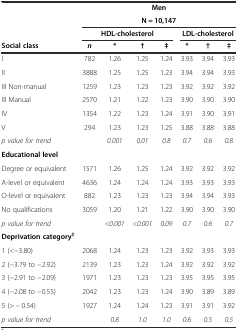
<table><thead><tr><td></td><td colspan="7"><b>Men</b></td></tr><tr><td></td><td colspan="7"><b>N = 10,147</b></td></tr><tr><td></td><td colspan="4"><b>HDL-cholesterol</b></td><td colspan="3"><b>LDL-cholesterol</b></td></tr><tr><td><b>Social class</b></td><td><b><i>n</i></b></td><td><b>*</b></td><td><b>†</b></td><td><b>‡</b></td><td><b>*</b></td><td><b>†</b></td><td><b>‡</b></td></tr></thead><tbody><tr><td>I</td><td>782</td><td>1.26</td><td>1.25</td><td>1.24</td><td>3.93</td><td>3.94</td><td>3.93</td></tr><tr><td>II</td><td>3888</td><td>1.25</td><td>1.25</td><td>1.23</td><td>3.94</td><td>3.94</td><td>3.93</td></tr><tr><td>III Non-manual</td><td>1259</td><td>1.23</td><td>1.23</td><td>1.23</td><td>3.92</td><td>3.92</td><td>3.92</td></tr><tr><td>III Manual</td><td>2570</td><td>1.21</td><td>1.22</td><td>1.23</td><td>3.90</td><td>3.90</td><td>3.90</td></tr><tr><td>IV</td><td>1354</td><td>1.22</td><td>1.23</td><td>1.24</td><td>3.91</td><td>3.90</td><td>3.91</td></tr><tr><td>V</td><td>294</td><td>1.23</td><td>1.23</td><td>1.25</td><td>3.88</td><td>3.88</td><td>3.88</td></tr><tr><td><i>p value for trend</i></td><td></td><td><i>0.001</i></td><td><i>0.01</i></td><td><i>0.8</i></td><td><i>0.7</i></td><td><i>0.6</i></td><td><i>0.8</i></td></tr><tr><td><b>Educational level</b></td><td></td><td></td><td></td><td></td><td></td><td></td><td></td></tr><tr><td>Degree or equivalent</td><td>1571</td><td>1.26</td><td>1.25</td><td>1.24</td><td>3.92</td><td>3.92</td><td>3.92</td></tr><tr><td>A-level or equivalent</td><td>4636</td><td>1.24</td><td>1.24</td><td>1.24</td><td>3.93</td><td>3.93</td><td>3.93</td></tr><tr><td>O-level or equivalent</td><td>882</td><td>1.23</td><td>1.23</td><td>1.23</td><td>3.94</td><td>3.94</td><td>3.93</td></tr><tr><td>No qualifications</td><td>3059</td><td>1.20</td><td>1.21</td><td>1.22</td><td>3.90</td><td>3.90</td><td>3.90</td></tr><tr><td><i>p value for trend</i></td><td></td><td><i>&lt;0.001</i></td><td><i>&lt;0.001</i></td><td><i>0.09</i></td><td><i>0.7</i></td><td><i>0.6</i></td><td><i>0.7</i></td></tr><tr><td><b>Deprivation category</b><sup><b>‡</b></sup></td><td></td><td></td><td></td><td></td><td></td><td></td><td></td></tr><tr><td>1 (&lt;−3.80)</td><td>2068</td><td>1.24</td><td>1.23</td><td>1.23</td><td>3.92</td><td>3.93</td><td>3.93</td></tr><tr><td>2 (−3.79 to −2.92)</td><td>2139</td><td>1.23</td><td>1.23</td><td>1.24</td><td>3.92</td><td>3.92</td><td>3.92</td></tr><tr><td>3 (−2.91 to −2.09)</td><td>1971</td><td>1.23</td><td>1.23</td><td>1.23</td><td>3.95</td><td>3.95</td><td>3.95</td></tr><tr><td>4 (−2.08 to −0.55)</td><td>2042</td><td>1.23</td><td>1.23</td><td>1.24</td><td>3.90</td><td>3.89</td><td>3.89</td></tr><tr><td>5 (&gt; − 0.54)</td><td>1927</td><td>1.24</td><td>1.24</td><td>1.23</td><td>3.91</td><td>3.91</td><td>3.92</td></tr><tr><td><i>p value for trend</i></td><td></td><td><i>0.8</i></td><td><i>1.0</i></td><td><i>1.0</i></td><td><i>0.6</i></td><td><i>0.5</i></td><td><i>0.5</i></td></tr></tbody></table>